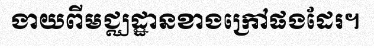
ងាយពីមជ្ឈដ្ឋានខាងក្រៅផងដែរ។